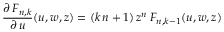
\frac { \partial \, F _ { n , k } } { \partial \, u } ( u , w , z ) = ( k \, n + 1 ) \, z ^ { n } \, F _ { n , k - 1 } ( u , w , z )